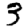
Digit: 3